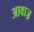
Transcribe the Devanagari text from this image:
आवाज़़